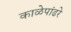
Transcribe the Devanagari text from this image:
काळेपांढरे